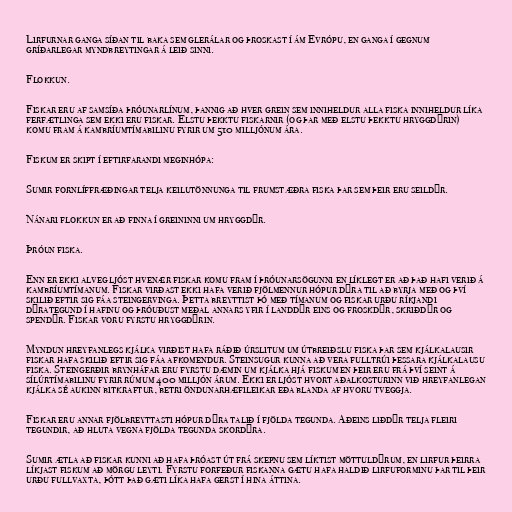
Lirfurnar ganga síðan til baka sem glerálar og þroskast í ám Evrópu, en ganga í gegnum
gríðarlegar myndbreytingar á leið sinni.

Flokkun.

Fiskar eru af samsíða þróunarlínum, þannig að hver grein sem inniheldur alla fiska inniheldur líka
ferfætlinga sem ekki eru fiskar. Elstu þekktu fiskarnir (og þar með elstu þekktu hryggdýrin)
komu fram á kambríumtímabilinu fyrir um 510 milljónum ára.

Fiskum er skipt í eftirfarandi meginhópa:

Sumir fornlíffræðingar telja keilutönnunga til frumstæðra fiska þar sem þeir eru seildýr.

Nánari flokkun er að finna í greininni um hryggdýr.

Þróun fiska.

Enn er ekki alveg ljóst hvenær fiskar komu fram í þróunarsögunni en líklegt er að það hafi verið á
kambríumtímanum. Fiskar virðast ekki hafa verið fjölmennur hópur dýra til að byrja með og því
skilið eftir sig fáa steingervinga. Þetta breyttist þó með tímanum og fiskar urðu ríkjandi
dýrategund í hafinu og þróuðust meðal annars yfir í landdýr eins og froskdýr, skriðdýr og
spendýr. Fiskar voru fyrstu hryggdýrin.

Myndun hreyfanlegs kjálka virðist hafa ráðið úrslitum um útbreiðslu fiska þar sem kjálkalausir
fiskar hafa skilið eftir sig fáa afkomendur. Steinsugur kunna að vera fulltrúi þessara kjálkalausu
fiska. Steingerðir brynháfar eru fyrstu dæmin um kjálka hjá fiskum en þeir eru frá því seint á
sílúrtímabilinu fyrir rúmum 400 milljón árum. Ekki er ljóst hvort aðalkosturinn við hreyfanlegan
kjálka sé aukinn bitkraftur, betri öndunarhæfileikar eða blanda af hvoru tveggja.

Fiskar eru annar fjölbreyttasti hópur dýra talið í fjölda tegunda. Aðeins liðdýr telja fleiri
tegundir, að hluta vegna fjölda tegunda skordýra.

Sumir ætla að fiskar kunni að hafa þróast út frá skepnu sem líktist möttuldýrum, en lirfur þeirra
líkjast fiskum að mörgu leyti. Fyrstu forfeður fiskanna gætu hafa haldið lirfuforminu þar til þeir
urðu fullvaxta, þótt það gæti líka hafa gerst í hina áttina.